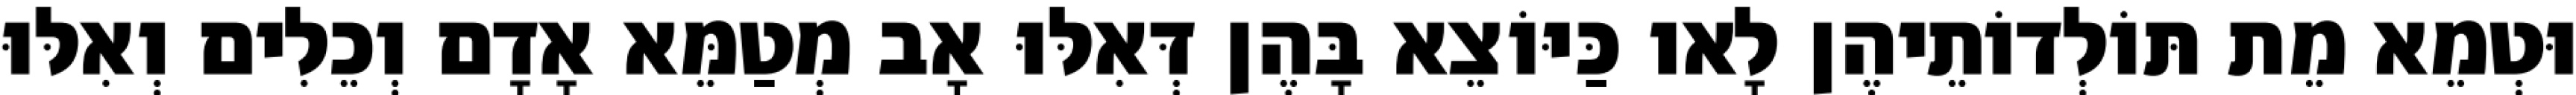
וּטְמֵא מֵת תּוֹלְדוֹתֵיהֶן לָאו כַּיּוֹצֵא בָּהֶן דְּאִלּוּ אָב מְטַמֵּא אָדָם וְכֵלִים וְאִלּוּ